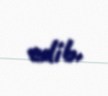
edib.